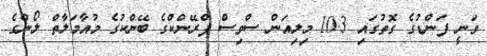
ވަނީ ފަންޑުގެ ގޮތުގައި 10.3 މިލިއަން ސްވިސް ފްރޭންކްގެ ބޭންކުގެ މުއާމަލާތް ލޯންގެ